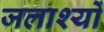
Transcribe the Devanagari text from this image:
जलाश्यों